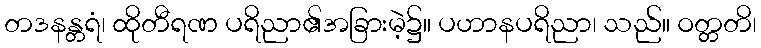
တဒနန္တရံ၊ ထိုတီရဏ ပရိညာ၏အခြားမဲ့၌။ ပဟာနပရိညာ၊ သည်။ ဝတ္တတိ၊